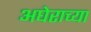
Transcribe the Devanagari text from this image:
अघेराच्या